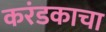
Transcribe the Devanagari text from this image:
करंडकाचा